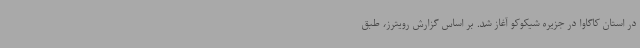
در استان کاگاوا در جزیره شیکوکو آغاز شد. بر اساس گزارش رویترز، طبق